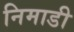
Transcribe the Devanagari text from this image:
निमाडी